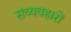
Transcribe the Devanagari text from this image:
संव्यवहारों